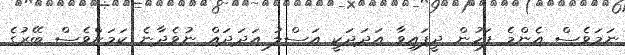
ނަމަވެސް އެންމެ ފަހުން ދީފައިވާ އަދަދަކީ އަސްލު އަދަދައް ނުވެދާނެ ކަމަށްވެސް ބޭރުގެ